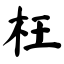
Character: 枉